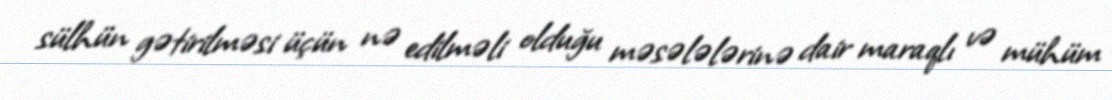
sülhün gətirilməsi üçün nə edilməli olduğu məsələlərinə dair maraqlı və mühüm